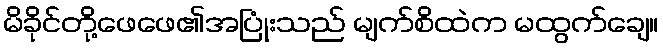
မိခိုင်တို့ဖေဖေ၏အပြုံးသည် မျက်စိထဲက မထွက်ချေ။